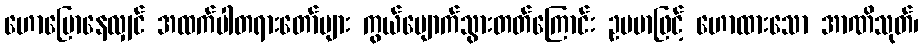
ဟောပြောနေလျှင် အထက်ပါတရားတော်များ ကွယ်ပျောက်သွားတတ်ကြောင်း ဥပမာဖြင့် ဟောထားသော အာဏိသုတ်၊